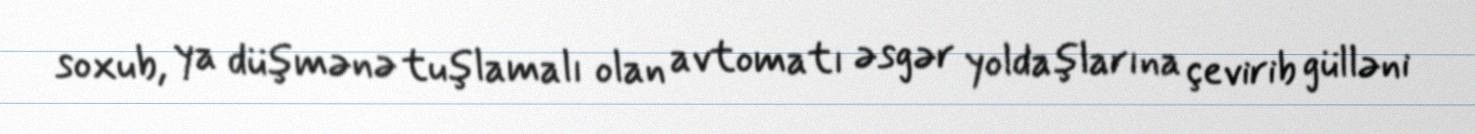
soxub, ya düşmənə tuşlamalı olan avtomatı əsgər yoldaşlarına çevirib gülləni